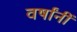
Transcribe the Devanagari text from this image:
वर्षांनीं